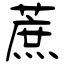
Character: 蔗